Civil Veterinary Department. Central Provinces & Berar 1925-31 - 1925-1931
Year: 1925
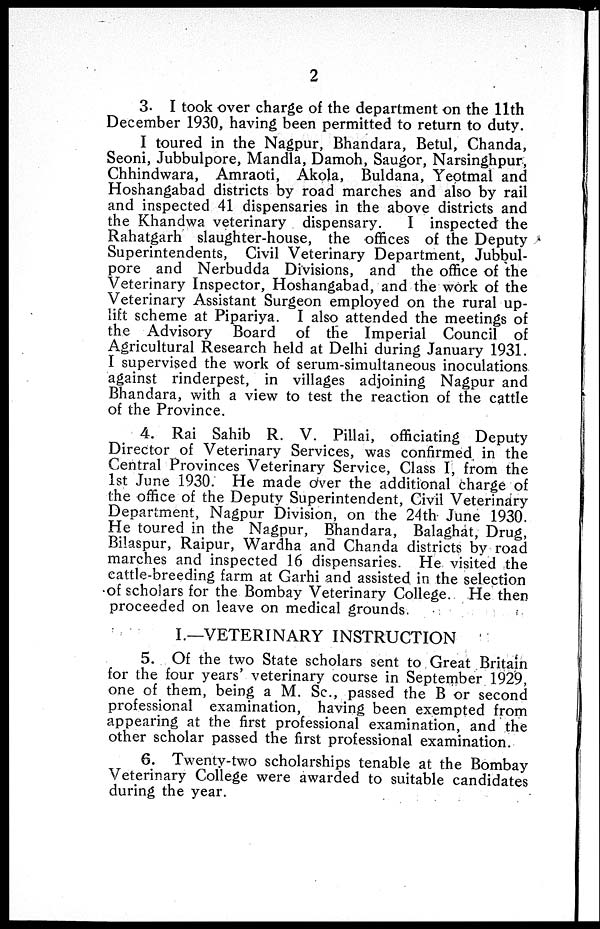
2
3. I took over charge of the department on the 11th
December 1930, having been permitted to return to duty.
I toured in the Nagpur, Bhandara, Betul, Chanda,
Seoni, Jubbulpore, Mandla, Damoh, Saugor, Narsinghpur,
Chhindwara, Amraoti, Akola, Buldana, Yeotmal and
Hoshangabad districts by road marches and also by rail
and inspected 41 dispensaries in the above districts and
the Khandwa veterinary dispensary.
I inspected the
Rahatgarh slaughter-house, the offices of the Deputy
Superintendents, Civil Veterinary Department, Jubbul-
pore and Nerbudda Divisions, and the office of the
Veterinary Inspector, Hoshangabad, and the work of the
Veterinary Assistant Surgeon employed on the rural up-
lift scheme at Pipariya. I also attended the meetings of
the Advisory Board of the Imperial Council of
Agricultural Research held at Delhi during January 1931.
I supervised the work of serum-simultaneous inoculations
against rinderpest, in villages adjoining Nagpur and
Bhandara, with a view to test the reaction of the cattle
of the Province.
4. Rai Sahib R. V. Pillai, officiating Deputy
Director of Veterinary Services, was confirmed in the
Central Provinces Veterinary Service, Class I, from the
1st June 1930. He made over the additional charge of
the office of the Deputy Superintendent, Civil Veterinary
Department, Nagpur Division, on the 24th June 1930.
He toured in the Nagpur, Bhandara, Balaghat, Drug,
Bilaspur, Raipur, Wardha and Chanda districts by road
marches and inspected 16 dispensaries. He visited the
cattle-breeding farm at Garhi and assisted in the selection
of scholars for the Bombay Veterinary College. He then
proceeded on leave on medical grounds.
I.—VETERINARY INSTRUCTION
5. Of the two State scholars sent to Great Britain
for the four years' veterinary course in September 1929,
one of them, being a M. Sc., passed the B or second
professional examination, having been exempted from
appearing at the first professional examination, and the
other scholar passed the first professional examination.
6. Twenty-two scholarships tenable at the Bombay
Veterinary College were awarded to suitable candidates
during the year.